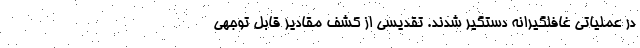
در عملیاتی غافلگیرانه دستگیر شدند. تقدیسی از کشف مقادیر قابل توجهی